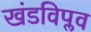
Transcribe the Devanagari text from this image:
खंडविप्लव